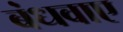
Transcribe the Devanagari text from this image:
बंधवाए